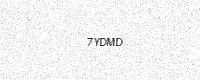
Text: 7YDMD